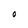
Character: O